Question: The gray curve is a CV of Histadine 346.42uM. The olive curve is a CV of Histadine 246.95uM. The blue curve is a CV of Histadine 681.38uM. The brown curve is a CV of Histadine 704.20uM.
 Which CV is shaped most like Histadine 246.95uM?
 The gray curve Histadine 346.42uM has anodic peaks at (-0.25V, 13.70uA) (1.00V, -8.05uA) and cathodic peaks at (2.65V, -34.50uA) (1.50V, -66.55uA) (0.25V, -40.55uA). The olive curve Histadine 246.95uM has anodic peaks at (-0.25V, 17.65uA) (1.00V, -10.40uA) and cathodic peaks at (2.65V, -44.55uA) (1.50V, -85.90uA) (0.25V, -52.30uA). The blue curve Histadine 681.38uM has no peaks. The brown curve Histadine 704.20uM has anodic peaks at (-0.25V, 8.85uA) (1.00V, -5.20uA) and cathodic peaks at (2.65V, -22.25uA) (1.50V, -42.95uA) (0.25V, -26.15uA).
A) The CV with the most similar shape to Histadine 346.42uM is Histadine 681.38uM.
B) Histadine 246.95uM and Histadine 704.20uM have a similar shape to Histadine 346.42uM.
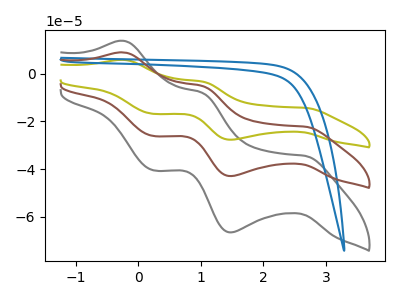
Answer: <think>All the peaks in "Histadine 346.42uM" have a peak in "Histadine 246.95uM" at the same potential. "Histadine 346.42uM" and "Histadine 681.38uM" have a different number of peaks. All the peaks in "Histadine 346.42uM" have a peak in "Histadine 704.20uM" at the same potential. "Histadine 246.95uM" and "Histadine 681.38uM" have a different number of peaks. All the peaks in "Histadine 246.95uM" have a peak in "Histadine 704.20uM" at the same potential. "Histadine 681.38uM" and "Histadine 704.20uM" have a different number of peaks.
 </think>
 <answer>B) "Histadine 246.95uM" and "Histadine 704.20uM" have a similar shape to "Histadine 346.42uM".</answer>
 <eval>B</eval>